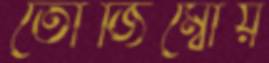
তোজিম্বোয়